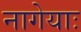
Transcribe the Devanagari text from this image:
नागेयाः